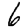
Digit: 6